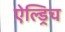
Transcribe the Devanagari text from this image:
ऐल्ड्रिच